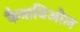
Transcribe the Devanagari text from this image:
कैनाबिओल